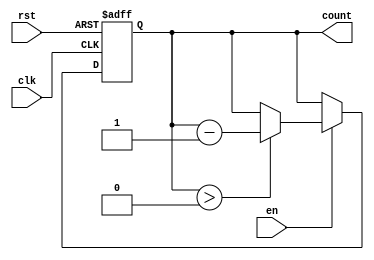
module decremental_counter #(
    parameter MAX_VAL = 15 // Maximum value for the counter (can be changed as needed)
) (
    input wire clk,        // Clock signal
    input wire rst,        // Asynchronous reset signal
    input wire en,         // Enable signal for decrementing
    output reg [$clog2(MAX_VAL+1)-1:0] count // Current count value
);

    // Initial block to set the count to max_val at simulation start
    initial begin
        count = MAX_VAL;
    end

    // Always block for synchronous operations
    always @(posedge clk or posedge rst) begin
        if (rst) begin
            count <= MAX_VAL; // Reset to max_val
        end else if (en) begin
            if (count > 0) begin
                count <= count - 1; // Decrement count if greater than zero
            end
            // If count is 0, it will remain 0 until reset
        end
    end

endmodule